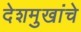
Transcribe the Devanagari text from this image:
देशमुखांचे